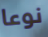
نوعا